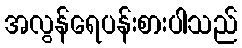
အလွန်ရေပန်းစားပါသည်